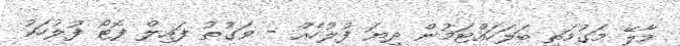
މާލޭ މަގުމަތި ބަލަހައްޓަމުން ދިޔަ ފުލުހެއް - ވަގުތު ފައިލް ފޮޓޯ ފުލުހަކު